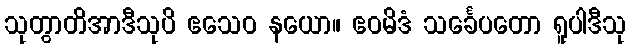
သုတွာတိအာဒီသုပိ ဧသေဝ နယော။ ဧဝမိဒံ သင်္ခေပတော ရူပါဒီသု